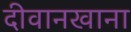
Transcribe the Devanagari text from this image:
दीवानखाना